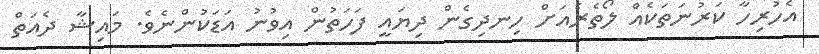
އެހުރިހާ ކަރުނަތަކެއް ލޯތެރެއަށް ހިނދިގެން ދިޔައީ ފަހަތުން އިވުނު އަޑަކުންނެވެ. މައިޝާ ދެއަތް